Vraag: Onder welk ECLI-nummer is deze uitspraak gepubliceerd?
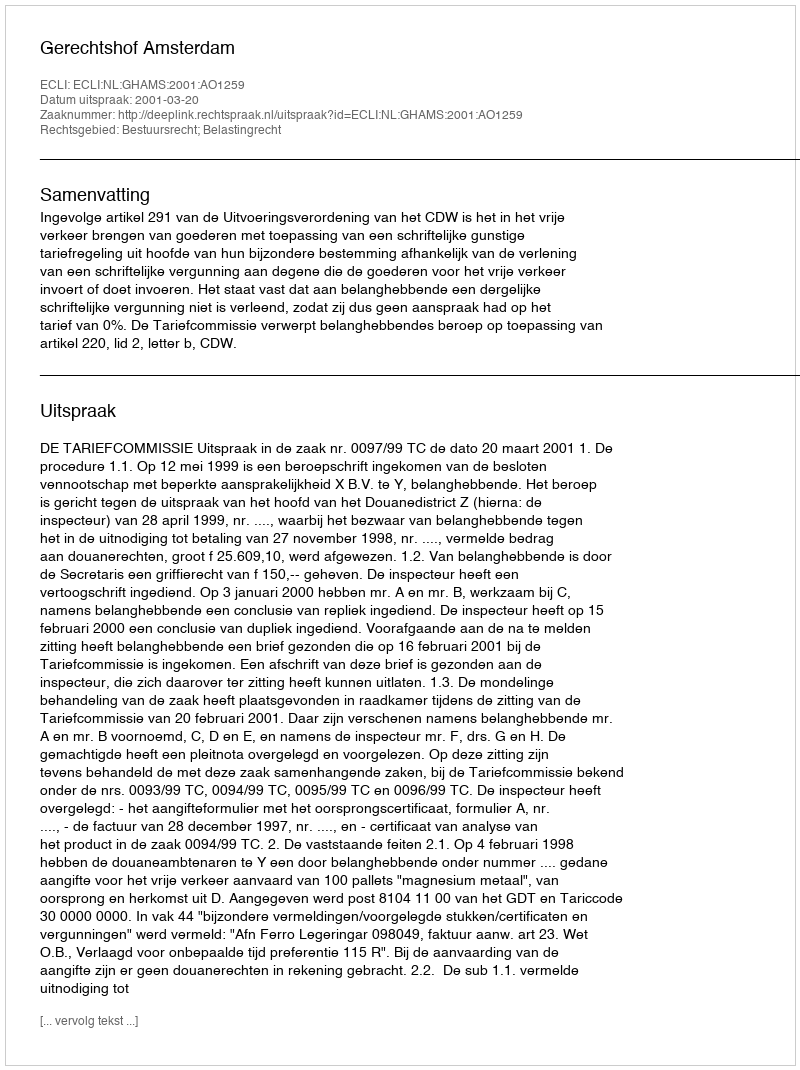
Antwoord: ECLI:NL:GHAMS:2001:AO1259